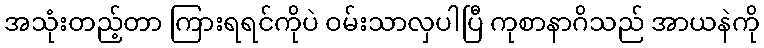
အသုံးတည့်တာ ကြားရရင်ကိုပဲ ဝမ်းသာလှပါပြီ ကုစာနာဂိသည် အာယနဲကို